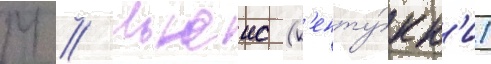
М // Льюис (к'енту́кк'и)